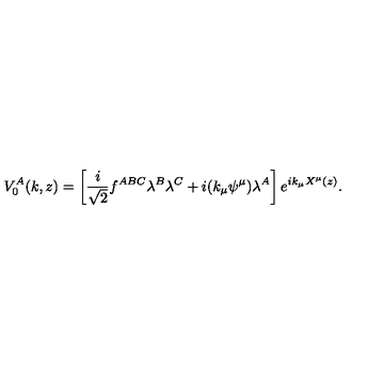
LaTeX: V _ { 0 } ^ { A } ( k , z ) = \left[ \frac { i } { \sqrt { 2 } } f ^ { A B C } \lambda ^ { B } \lambda ^ { C } + i ( k _ { \mu } \psi ^ { \mu } ) \lambda ^ { A } \right] e ^ { i k _ { \mu } X ^ { \mu } ( z ) } .